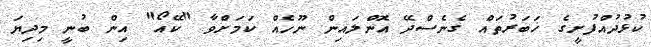
ކުޅުދުއްފުށީގެ ޚަބަރުތައް ގެނެސްދޭ އޮންލައިން ނޫހެއް ކަމަށްވާ "ކޭއޯ" އިން ބުނީ މިދިޔަ